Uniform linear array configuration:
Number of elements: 4
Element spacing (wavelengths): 1
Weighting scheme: kaiser
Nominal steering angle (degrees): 0
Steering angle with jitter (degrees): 0.7808
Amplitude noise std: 0.05
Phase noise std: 0.05

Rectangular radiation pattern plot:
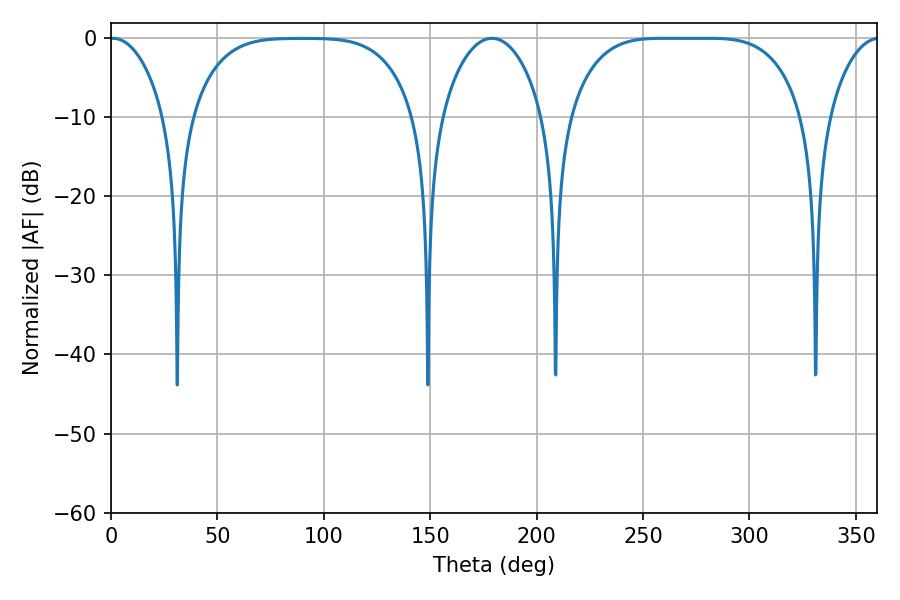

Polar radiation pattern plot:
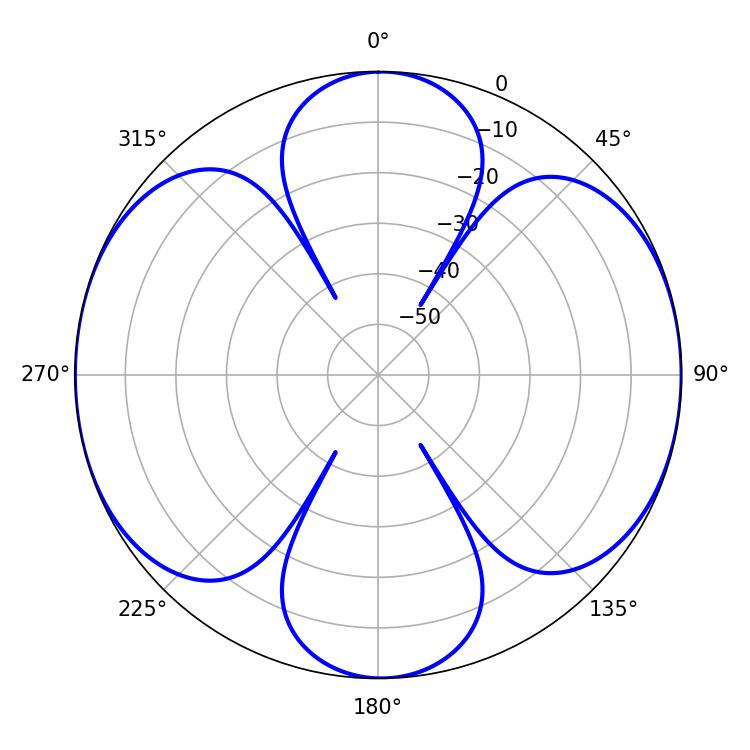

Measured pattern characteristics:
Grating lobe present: TRUE
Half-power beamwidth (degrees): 83.16
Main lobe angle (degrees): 259.38